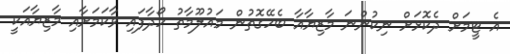
އެ ޓީމަށް ދެކޮޅަށް ނިކުންނަ މާޒިޔާއާ ބެހޭގޮތުން މައުލޫމާތު ހޯދާފައި ވާކަމަށާއި މާޒިޔާއަކީ